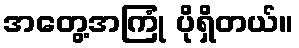
အတွေ့အကြုံ ပိုရှိတယ်။